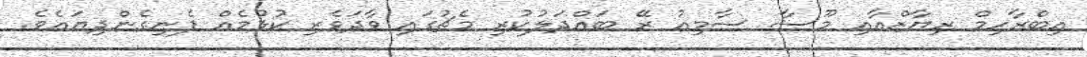
އިބްރާހިމް ރިޔާޒްއާއި މޫސާ ސާމިއު ރޭ ބައްދަލުކުރި މެޗުގައި ވާދަވެރި ކުޅުމެއް ފެނިގެންދިޔައެވެ.